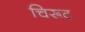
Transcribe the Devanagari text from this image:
चिरूट